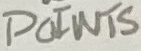
Text: POINTS